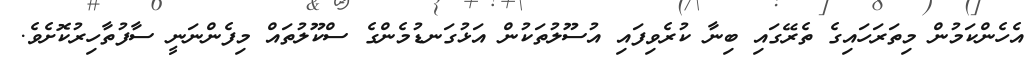
އެހެންކަމުން މިތަރަހައިގެ ތެރޭގައި ބިނާ ކުރެވިފައި އުސޫލުތަކުން އަޅުގަނޑުމެންގެ ސްކޫލުތައް މިފެންނަނީ ސާފުތާހިރުކޮށެވެ.